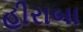
હીરાબા